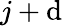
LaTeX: j+\mathrm{d}